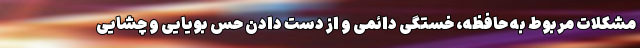
مشکلات مربوط به حافظه، خستگی دائمی و از دست دادن حس بویایی و چشایی